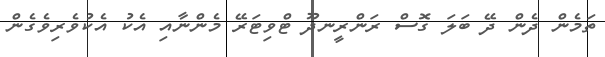
ތަމެން ދެން ދޭ ބަލަ ގޮސް ރަންރީނދޫ ޓްވިޓަަރޭ މެންނާއި އެކު އެކުވެރިވެގެން